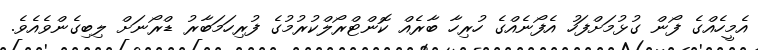
އެމީހެއްގެ ފޯން ގުޅުމަށްފަހު އެފޯނެއްގެ ހުރިހާ ބާރެއް ކޮންޓްރޯލްކުރުމުގެ ފުރިހަމަބާރު ޑްރޯނަށް ލިބިގެންވެއެވެ.